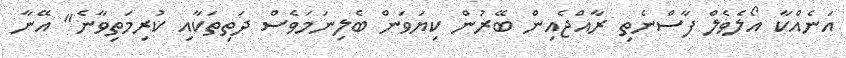
އަނެއްކާ އޯލެވެލް ފާސްނެތި ރާއްޖެއިން ބޭރުން ކިޔަވަން ބެލިނަމަވެސް ދަތިތަކާއި ކުރިމަތިވާނެ" އޭނާ